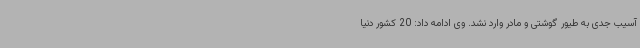
آسیب جدی به طیور گوشتی و مادر وارد نشد. وی ادامه داد: 20 کشور دنیا